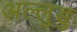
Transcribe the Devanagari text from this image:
अल्लुडु